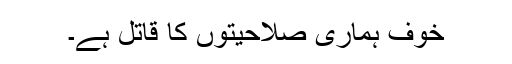
خوف ہماری صلاحیتوں کا قاتل ہے۔